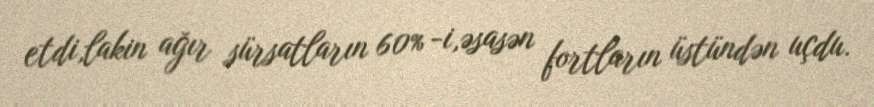
etdi,lakin ağır sürsatların 60% -i,əsasən fortların üstündən uçdu.